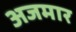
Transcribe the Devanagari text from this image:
अजमार